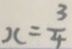
x = \frac { 3 } { 4 }